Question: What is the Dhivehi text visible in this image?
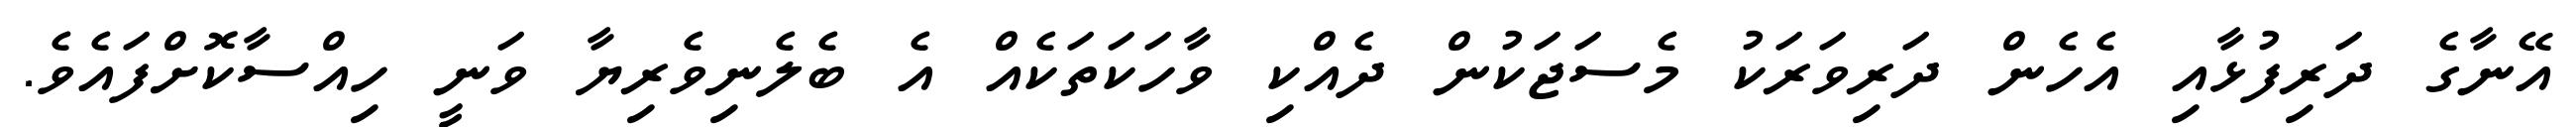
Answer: އޭނާގެ ދަރިފުޅާއި އެހެން ދަރިވަރަކު މެސަޖަކުން ދެއްކި ވާހަކަތަކެއް އެ ބެލެނިވެރިޔާ ވަނީ ހިއްސާކޮށްފައެވެ.